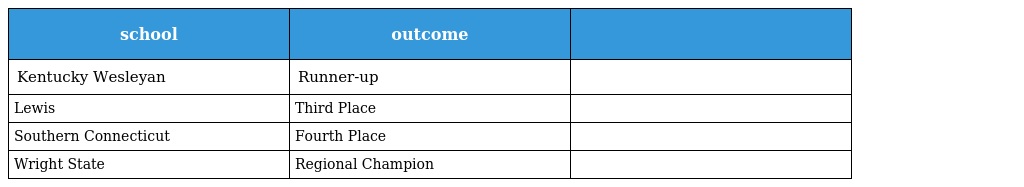
| school | outcome |  |
 | --- | --- | --- |
 | Kentucky Wesleyan | Runner-up |  |
 | Lewis | Third Place |  |
 | Southern Connecticut | Fourth Place |  |
 | Wright State | Regional Champion |  |